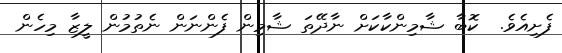
ފެށިއެވެ.  ކޮބާ ޝާމިންކާކަށް ނާދޭތަ ޝާމިން ފެންނަން ނެތުމުން ލީޒާ މިހެން